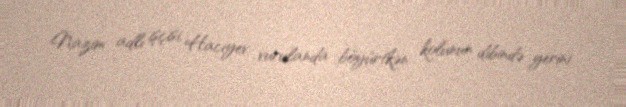
Nazim adlı işçisi, Hacıyev vurulanda böyürtkən kolunun dibində yerini